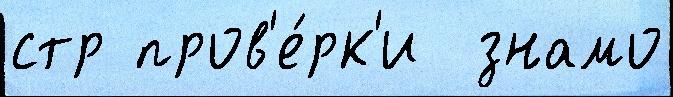
стр пров'е́рк'и  знамо